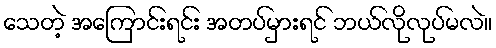
သေတဲ့ အကြောင်းရင်း အတပ်မှားရင် ဘယ်လိုလုပ်မလဲ။